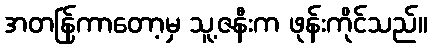
အတန်ြကာတော့မှ သူ့ဇနီးက ဖုန်းကိုင်သည်။